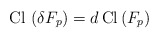
\begin{align*}{\rm Cl} \, \left( \delta F_p \right) = d \, {\rm Cl}\left( F_p \right)\end{align*}